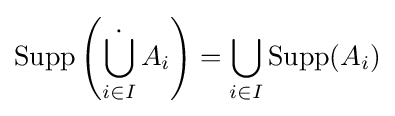
\operatorname {Supp} \left({\dot {\bigcup \limits _{i\in I}}}\,A_{i}\right)=\bigcup \limits _{i\in I}\operatorname {Supp} (A_{i})